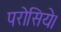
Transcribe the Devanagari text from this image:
परोसिये।